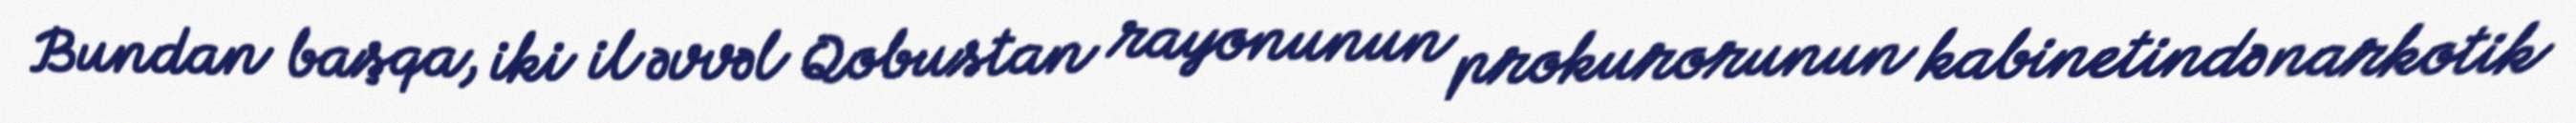
Bundan başqa, iki il əvvəl Qobustan rayonunun prokurorunun kabinetində narkotik